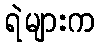
ရဲများက